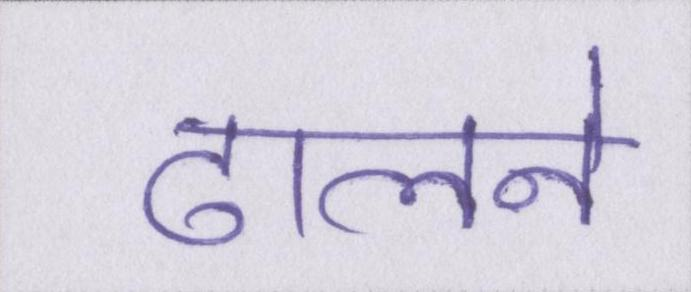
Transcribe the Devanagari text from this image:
ढालने